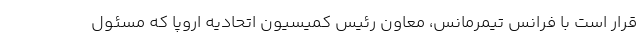
قرار است با فرانس تیمرمانس، معاون رئیس کمیسیون اتحادیه اروپا که مسئول